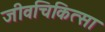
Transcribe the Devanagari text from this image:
जीवचिकित्सा